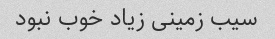
سیب زمینی زیاد خوب نبود